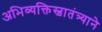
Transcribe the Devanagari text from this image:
अभिव्यक्तिस्वातंत्र्याने